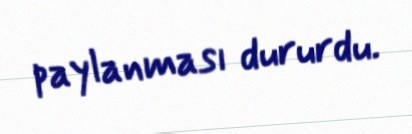
paylanması dururdu.